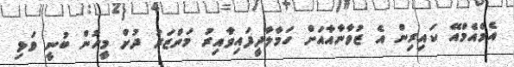
އެމްއެމްއޭ ކައިރިން އެ ޒުވާނާއާއަށް ހަމާލާދީފައިވާއިރު މަންޒަރު ދުށް މީހުން ބުނީ ވަޅި